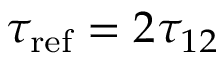
\tau _ { \mathrm { r e f } } = 2 \tau _ { 1 2 }